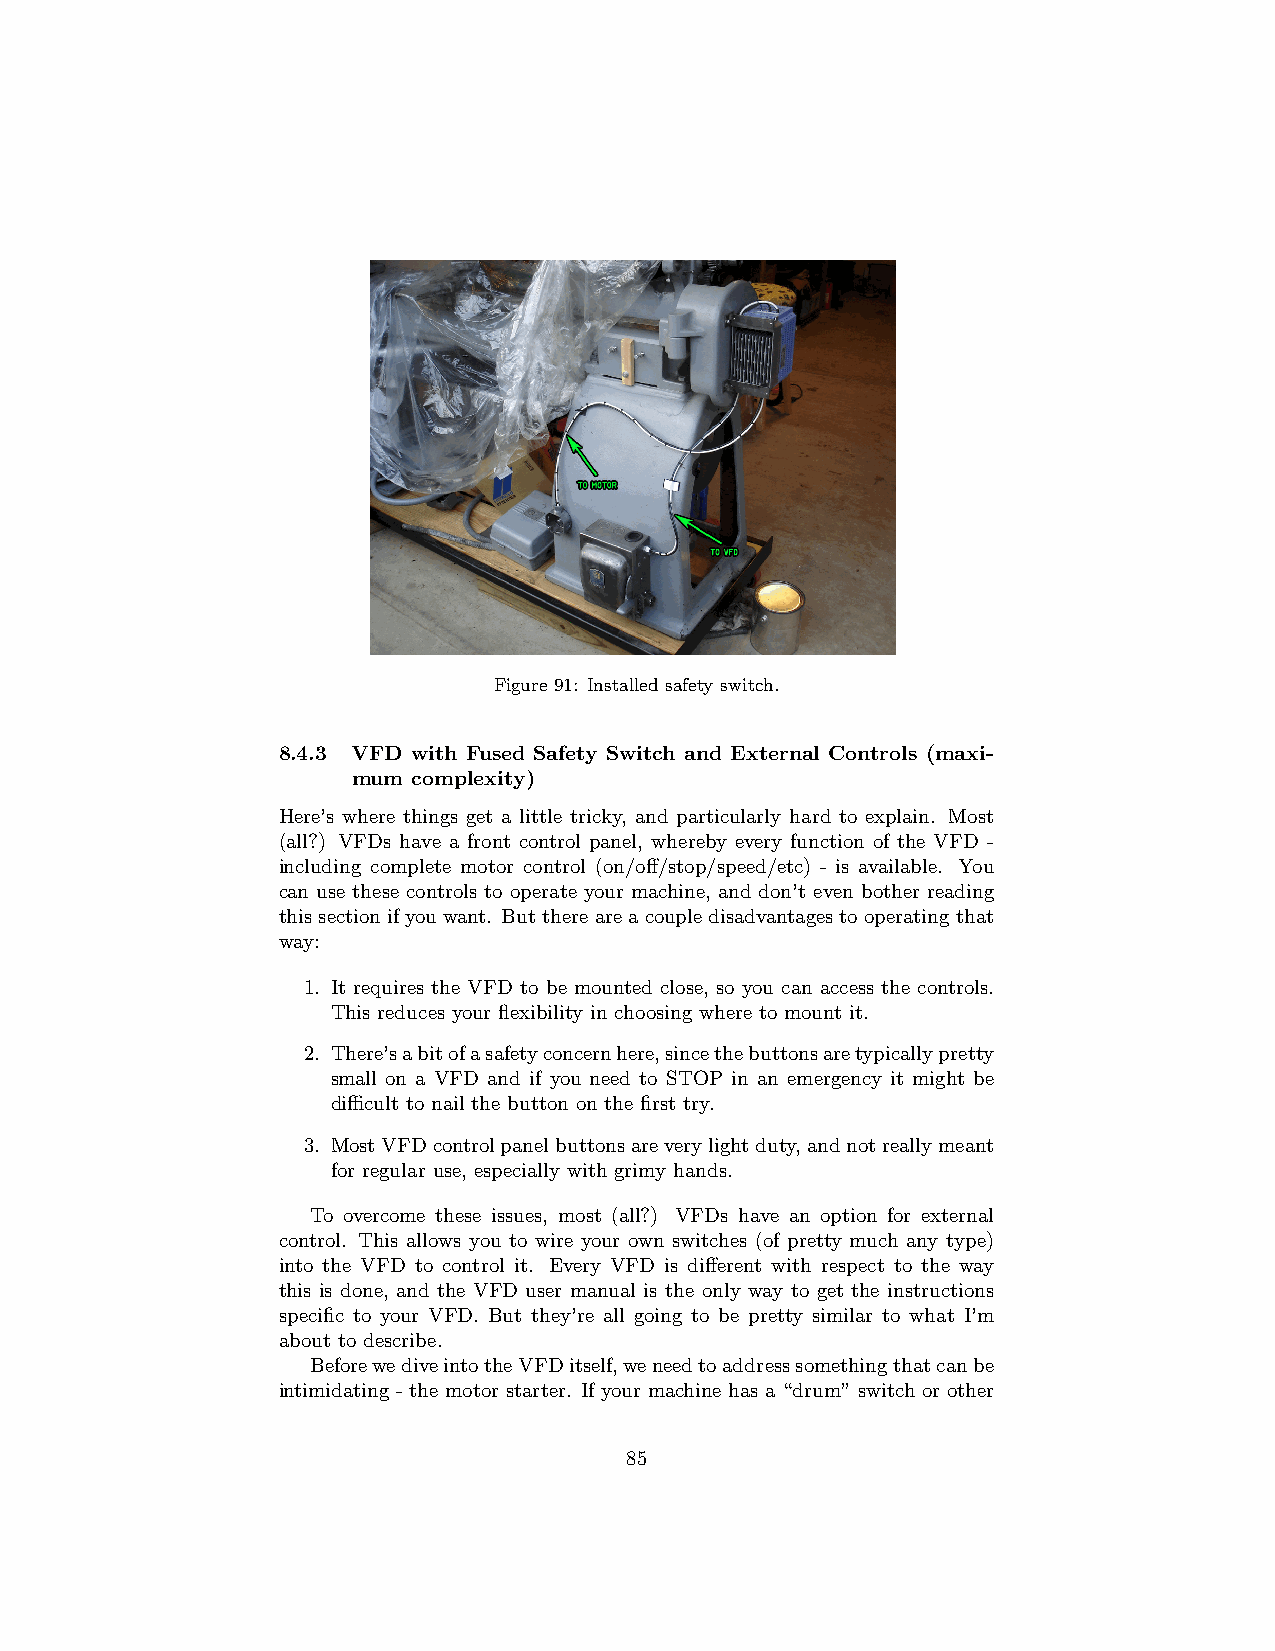
Figure 91: Installed safety switch.
 8.4.3 VFD with Fused Safety Switch and External Controls (maxi-
 mum complexity)
 Here’s where things get a little tricky, and particularly hard to explain. Most
 (all?) VFDs have a front control panel, whereby every function of the VFD -
 including complete motor control (on/off/stop/speed/etc) - is available. You
 can use these controls to operate your machine, and don’t even bother reading
 thissectionifyouwant. Butthereareacoupledisadvantagestooperatingthat
 way:
 1. It requires the VFD to be mounted close, so you can access the controls.
 This reduces your flexibility in choosing where to mount it.
 2. There’sabitofasafetyconcernhere,sincethebuttonsaretypicallypretty
 small on a VFD and if you need to STOP in an emergency it might be
 difficult to nail the button on the first try.
 3. MostVFDcontrolpanelbuttonsareverylightduty,andnotreallymeant
 for regular use, especially with grimy hands.
 To overcome these issues, most (all?) VFDs have an option for external
 control. This allows you to wire your own switches (of pretty much any type)
 into the VFD to control it. Every VFD is different with respect to the way
 this is done, and the VFD user manual is the only way to get the instructions
 specific to your VFD. But they’re all going to be pretty similar to what I’m
 about to describe.
 BeforewediveintotheVFDitself,weneedtoaddresssomethingthatcanbe
 intimidating - the motor starter. If your machine has a “drum” switch or other
 85